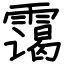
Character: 霭